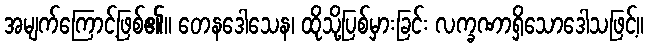
အမျက်ကြောင့်ဖြစ်၏။ တေနဒေါသေန၊ ထိုသို့ပြစ်မှားခြင်း လက္ခဏာရှိသောဒေါသဖြင့်။